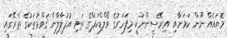
މޮޔައެއް ނޫން ކަމަށާއި އިގިރޭސިންނަކީ މިފަހަރުގެ ވޯލްޑްކަޕްގެ ތަށި އުފުލާލާނެ ޤަވްމުތަކުގެ ތެރޭގައި